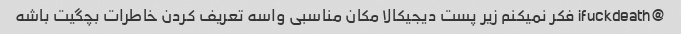
@ifuckdeath فکر نمیکنم زیر پست دیجیکالا مکان مناسبی واسه تعریف کردن خاطرات بچگیت باشه